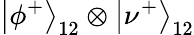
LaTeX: \left|\phi^{+}\right\rangle_{12}\otimes\left|\nu^{+}\right\rangle_{12}